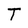
Character: T